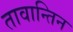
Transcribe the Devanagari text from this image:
तावान्तिन